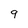
Character: 9